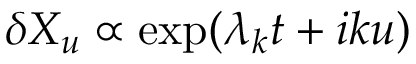
\delta X _ { u } \propto \exp ( \lambda _ { k } t + i k u )